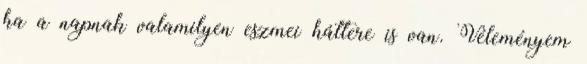
ha a napnak valamilyen eszmei háttere is van. Véleményem